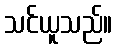
သင်ယူသည်။